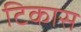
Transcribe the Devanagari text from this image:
टिकास